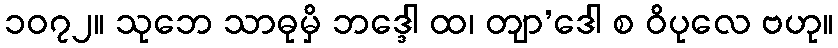
၁၀၇၂။ သုဘေ သာဓုမှိ ဘဒ္ဒေါ ထ၊ တျာ’ဒေါ စ ဝိပုလေ ဗဟု။